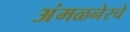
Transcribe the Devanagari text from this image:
अंमळनेरचे